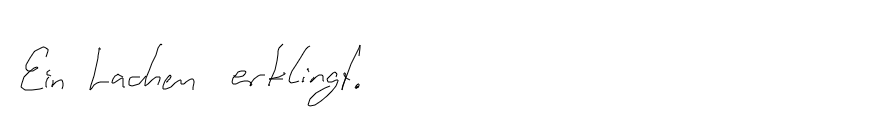
Ein Lachen erklingt.